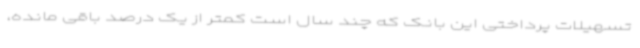
تسهیلات پرداختی این بانک که چند سال است کمتر از یک درصد باقی مانده،